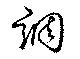
調